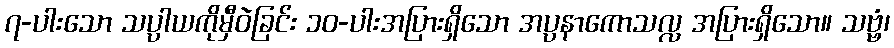
၇-ပါးသော သပ္ပါယကိုမှီဝဲခြင်း ၁၀-ပါးအပြားရှိသော အပ္ပနာကောသလ္လ အပြားရှိသော။ သဗ္ဗံ၊